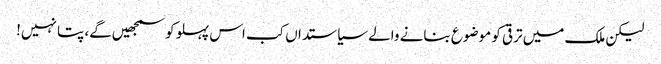
لیکن ملک میں ترقی کو موضوع بنانے والے سیاستداں کب اس پہلو کو سمجھیں‌گے، پتا نہیں!